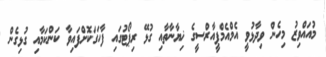
މުއައްވިޒު މިހެން ވިދާޅުވީ އެމްއެމްޕީއާރްސީގެ ޚިޔާނާތާއި ގުޅޭ ރިޕޯޓުގައި ފާހަގަކޮށްފައިވާ ކަންކަމާއި ގުޅިގެން